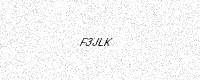
Text: F3JLK